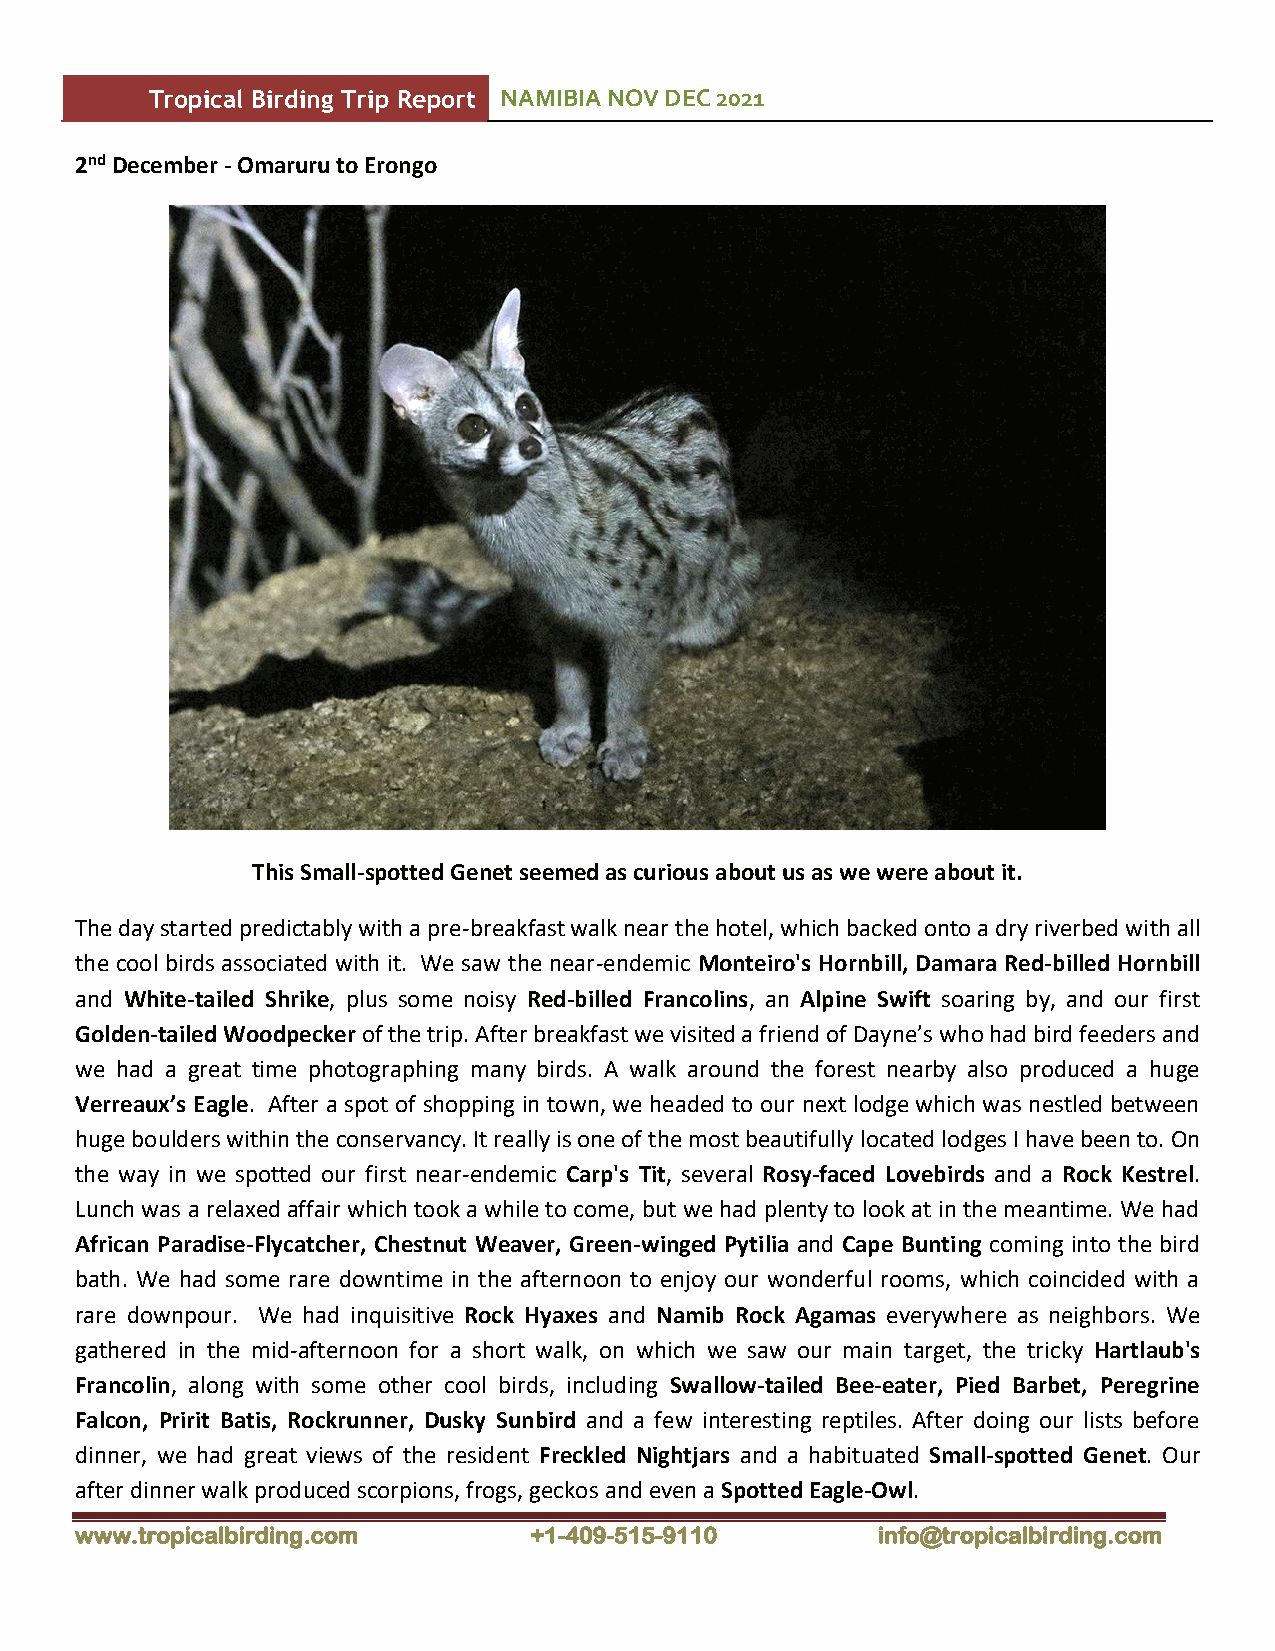
Tropical Birding Trip Report NAMIBIA NOV DEC 2021
 2nd December - Omaruru to Erongo
 This Small-spotted Genet seemed as curious about us as we were about it.
 The day started predictably with a pre-breakfast walk near the hotel, which backed onto a dry riverbed with all
 the cool birds associated with it. We saw the near-endemic Monteiro's Hornbill, Damara Red-billed Hornbill
 and White-tailed Shrike, plus some noisy Red-billed Francolins, an Alpine Swift soaring by, and our first
 Golden-tailed Woodpecker of the trip. After breakfast we visited a friend of Dayne’s who had bird feeders and
 we had a great time photographing many birds. A walk around the forest nearby also produced a huge
 Verreaux’s Eagle. After a spot of shopping in town, we headed to our next lodge which was nestled between
 huge boulders within the conservancy. It really is one of the most beautifully located lodges I have been to. On
 the way in we spotted our first near-endemic Carp's Tit, several Rosy-faced Lovebirds and a Rock Kestrel.
 Lunch was a relaxed affair which took a while to come, but we had plenty to look at in the meantime. We had
 African Paradise-Flycatcher, Chestnut Weaver, Green-winged Pytilia and Cape Bunting coming into the bird
 bath. We had some rare downtime in the afternoon to enjoy our wonderful rooms, which coincided with a
 rare downpour. We had inquisitive Rock Hyaxes and Namib Rock Agamas everywhere as neighbors. We
 gathered in the mid-afternoon for a short walk, on which we saw our main target, the tricky Hartlaub's
 Francolin, along with some other cool birds, including Swallow-tailed Bee-eater, Pied Barbet, Peregrine
 Falcon, Pririt Batis, Rockrunner, Dusky Sunbird and a few interesting reptiles. After doing our lists before
 dinner, we had great views of the resident Freckled Nightjars and a habituated Small-spotted Genet. Our
 after dinner walk produced scorpions, frogs, geckos and even a Spotted Eagle-Owl.
 www.tropicalbirding.com       +1-409-515-9110        info@tropicalbirding.com